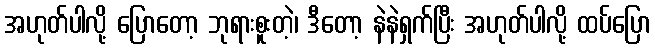
အဟုတ်ပါလို့ ပြောတော့ ဘုရားစူးတဲ့၊ ဒီတော့ နဲနဲရှက်ပြီး အဟုတ်ပါလို့ ထပ်ပြော